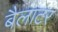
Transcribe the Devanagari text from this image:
बैलाटर